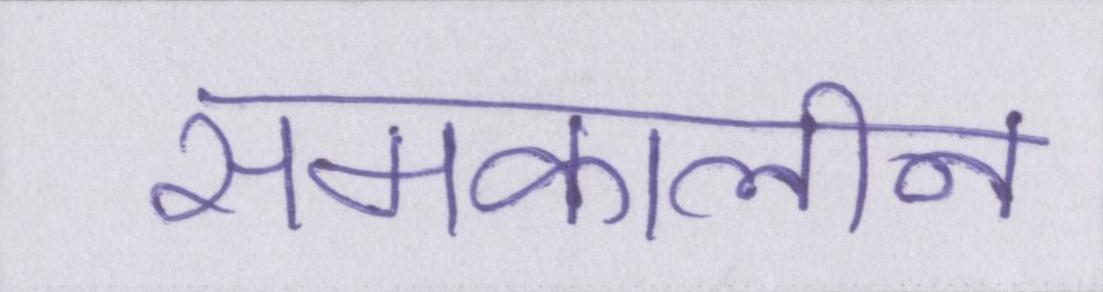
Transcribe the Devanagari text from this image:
समकालीन